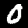
Digit: 0